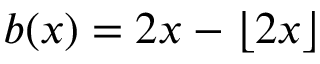
b ( x ) = 2 x - \lfloor 2 x \rfloor